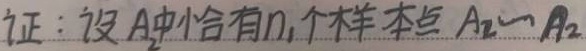
证：设 \(A_1\) 中恰有 \(n_1\) 个样本点 \(A_2\cdots A_2\)